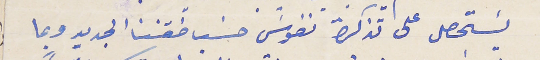
يسَتحصل على تذكرة نفوسَ حسَب طقسَنا الجديد وبما